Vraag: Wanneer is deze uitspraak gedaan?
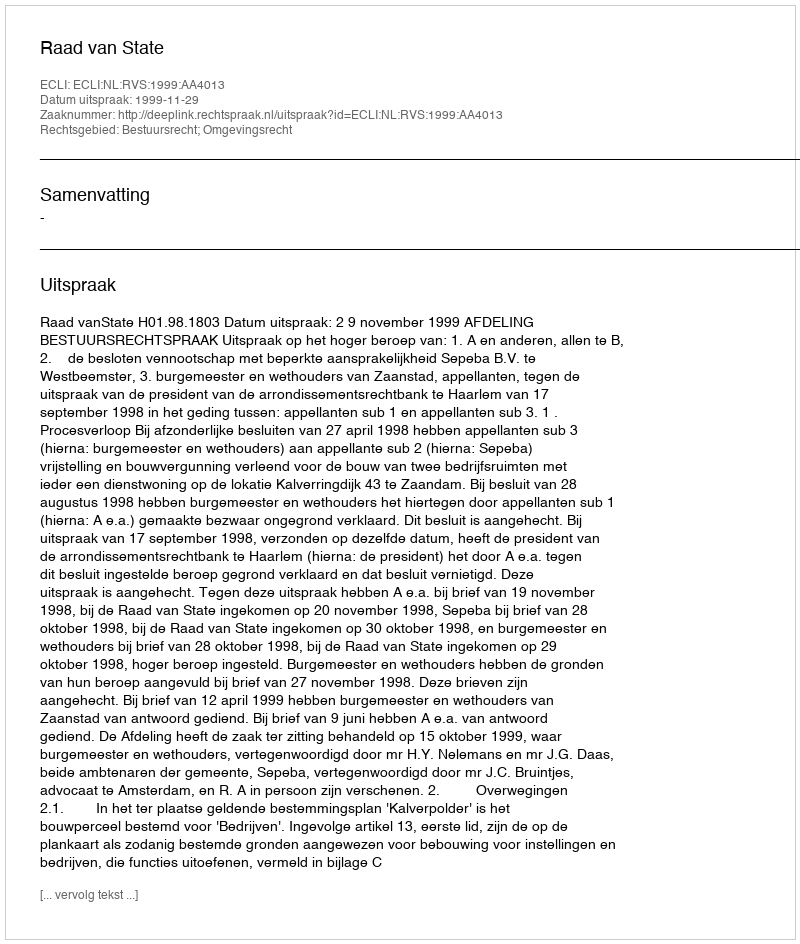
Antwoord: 1999-11-29